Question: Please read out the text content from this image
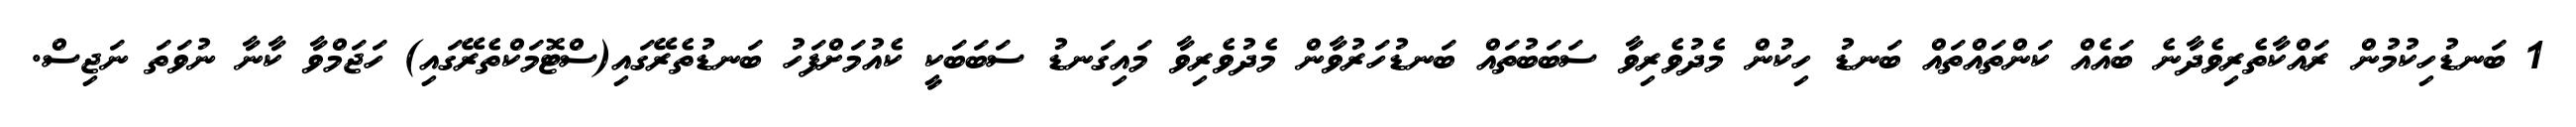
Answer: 1 ބަނޑުހިކުމުން ރައްކާތެރިވެދާނެ ބައެއް ކަންތައްތައް ބަނޑު ހިކުން މެދުވެރިވާ ސަބަބުތައް ބަނޑުހަރުވާން މެދުވެރިވާ މައިގަނޑު ސަބަބަކީ ކެއުމަށްފަހު ބަނޑުތެރޭގައި(ސްޓޮމަކްތެރޭގައި) ހަޖަމްވާ ކާނާ ނުވަތަ ނަޖިސް.